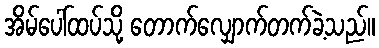
အိမ်ပေါ်ထပ်သို့ တောက်လျှောက်တက်ခဲ့သည်။